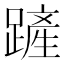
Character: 𨄉